Preliminary report on a parasite found in persons suffering from enlargement of the spleen in India - Number 8
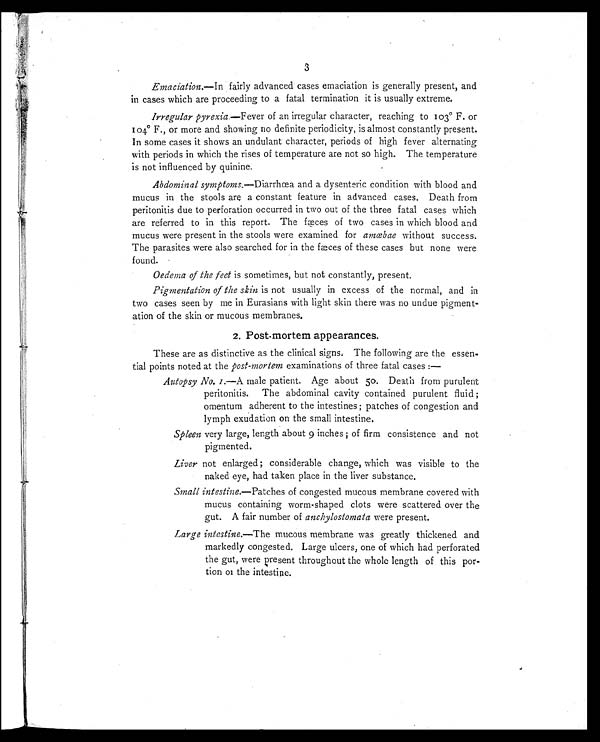
3
Emaciation.— In fairly advanced cases emaciation is generally present, and
in cases which are proceeding to a fatal termination it is usually extreme.
Irregular pyrexia —Fever of an irregular character, reaching to 103° F. or
104° F., or more and showing no definite periodicity, is almost constantly present.
In some cases it shows an undulant character, periods of high fever alternating
with periods in which the rises of temperature are not so high. The temperature
is not influenced by quinine.
Abdominal symptoms.—Diarrhœa and a dysenteric condition with blood and
mucus in the stools are a constant feature in advanced cases. Death from
peritonitis due to perforation occurred in two out of the three fatal cases which
are referred to in this report. The fæces of two cases in which blood and
mucus were present in the stools were examined for amœbaew i t h o u t s u c c e s s .
The parasites were also searched for in the fæces of these cases but none were
found.
Oedema of the feet is sometimes, but not constantly, present.
Pigmentation of the skin is not usually in excess of the normal, and in
two cases seen by me in Eurasians with light skin there was no undue pigment-
ation of the skin or mucous membranes.
2. Post-mortem appearances.
These are as distinctive as the clinical signs. The following are the essen
tial points noted at the post-mortem examinations of three fatal cases : —
Autopsy No. I.—A male patient. Age about 50. Death from purulent
peritonitis. The abdominal cavity contained purulent fluid ;
omentum adherent to the intestines ; patches of congestion and
lymph exudation on the small intestine.
Spleen very large, length about 9 inches ; of firm consistence and not
pigmented.
Liver not enlarged; considerable change, which was visible to the
naked eye, had taken place in the liver substance.
Small intestine.—Patches of congested mucous membrane covered with
mucus containing worm-shaped clots were scattered over the
gut. A fair number of anchylostomata were present.
Large intestine.—The mucous membrane was greatly thickened and
markedly congested. Large ulcers, one of which had perforated
the gut, were present throughout the whole length of this pore
tion of the intestine.